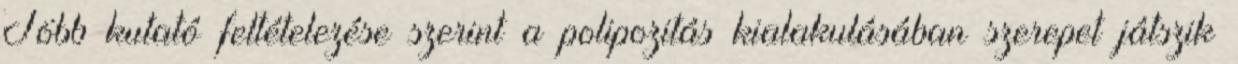
Több kutató feltételezése szerint a polipozitás kialakulásában szerepet játszik